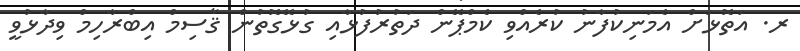
ރ. އަތޮޅަށް އެމަނިކުފާނު ކުރެއްވި ކެމްޕޭން ދަތުރުފުޅާއި ގުޅޭގޮތުން ޤާސިމް އިބްރާހިމް ވިދާޅުވީ